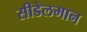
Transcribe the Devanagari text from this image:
सीडेलमान